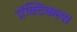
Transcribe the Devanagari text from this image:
प्रॅक्टिकल्स